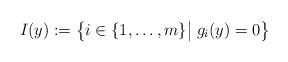
LaTeX: \begin{align*}I(y):=\big\{i\in\{1,\ldots,m\}\big|\;g_i(y)=0\big\}\end{align*}